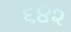
૬૪૨